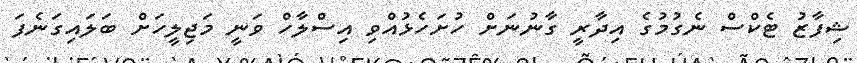
ޝިފާޒު ޓެކްސް ނެގުމުގެ އިދާރީ ގާނުނަށް ހުށަހެޅުއްވި އިސްލާހް ވަނީ މަޖިލީހަށް ބަލައިގަނެފަ